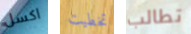
اكسل تخطيت تطالب